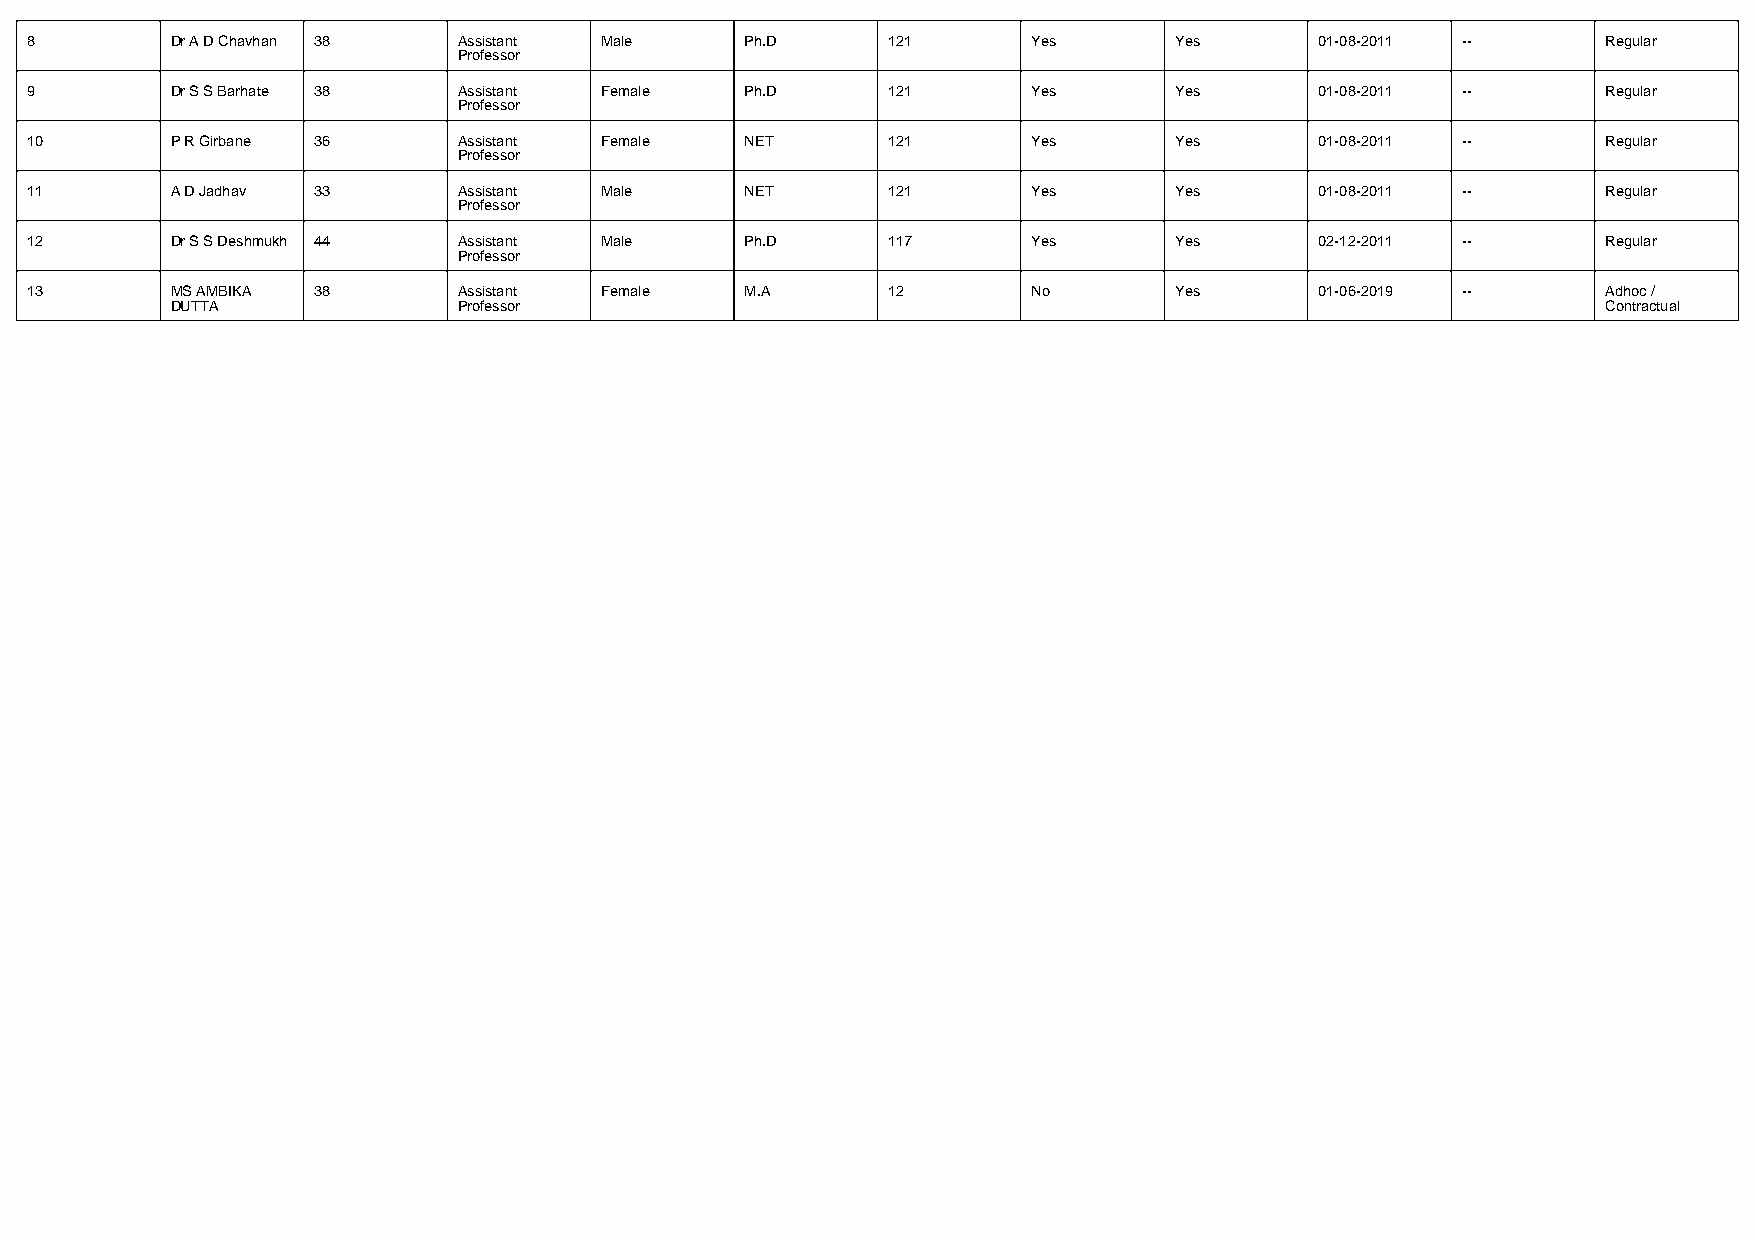
8        Dr A D Chavhan 38  Assistant Male     Ph.D      121      Yes       Yes      01-08-2011 --      Regular
 Professor
 9        Dr S S Barhate 38  Assistant Female   Ph.D      121      Yes       Yes      01-08-2011 --      Regular
 Professor
 10       P R Girbane 36     Assistant Female   NET       121      Yes       Yes      01-08-2011 --      Regular
 Professor
 11       A D Jadhav 33      Assistant Male     NET       121      Yes       Yes      01-08-2011 --      Regular
 Professor
 12       Dr S S Deshmukh 44 Assistant Male     Ph.D      117      Yes       Yes      02-12-2011 --      Regular
 Professor
 13       MS AMBIKA 38       Assistant Female   M.A       12       No        Yes      01-06-2019 --      Adhoc /
 DUTTA              Professor                                                                   Contractual